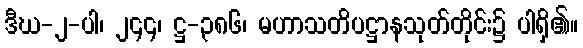
ဒီဃ-၂-ပါ၊ ၂၄၄၊ ဋ္ဌ-၃၈၆၊ မဟာသတိပဋ္ဌာနသုတ်တိုင်း၌ ပါရှိ၏။